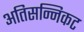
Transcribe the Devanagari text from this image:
अतिसन्निकट